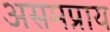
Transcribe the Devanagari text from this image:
असमप्राय